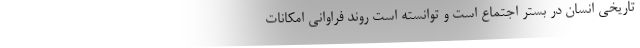
تاریخی انسان در بستر اجتماع است و توانسته است روند فراوانی امکانات